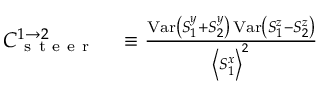
\begin{array} { r l } { { \cal { C } } _ { \mathrm { ~ s ~ t ~ e ~ e ~ r ~ } } ^ { 1 \rightarrow 2 } } & { { } \equiv \frac { \operatorname { V a r } \left( S _ { 1 } ^ { y } + S _ { 2 } ^ { y } \right) \operatorname { V a r } \left( S _ { 1 } ^ { z } - S _ { 2 } ^ { z } \right) } { \left\langle S _ { 1 } ^ { x } \right\rangle ^ { 2 } } } \end{array}